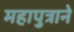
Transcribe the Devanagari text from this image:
महापुत्राने